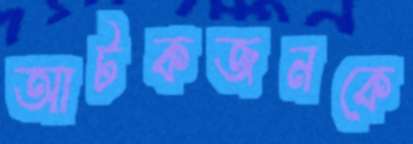
আটকজনকে